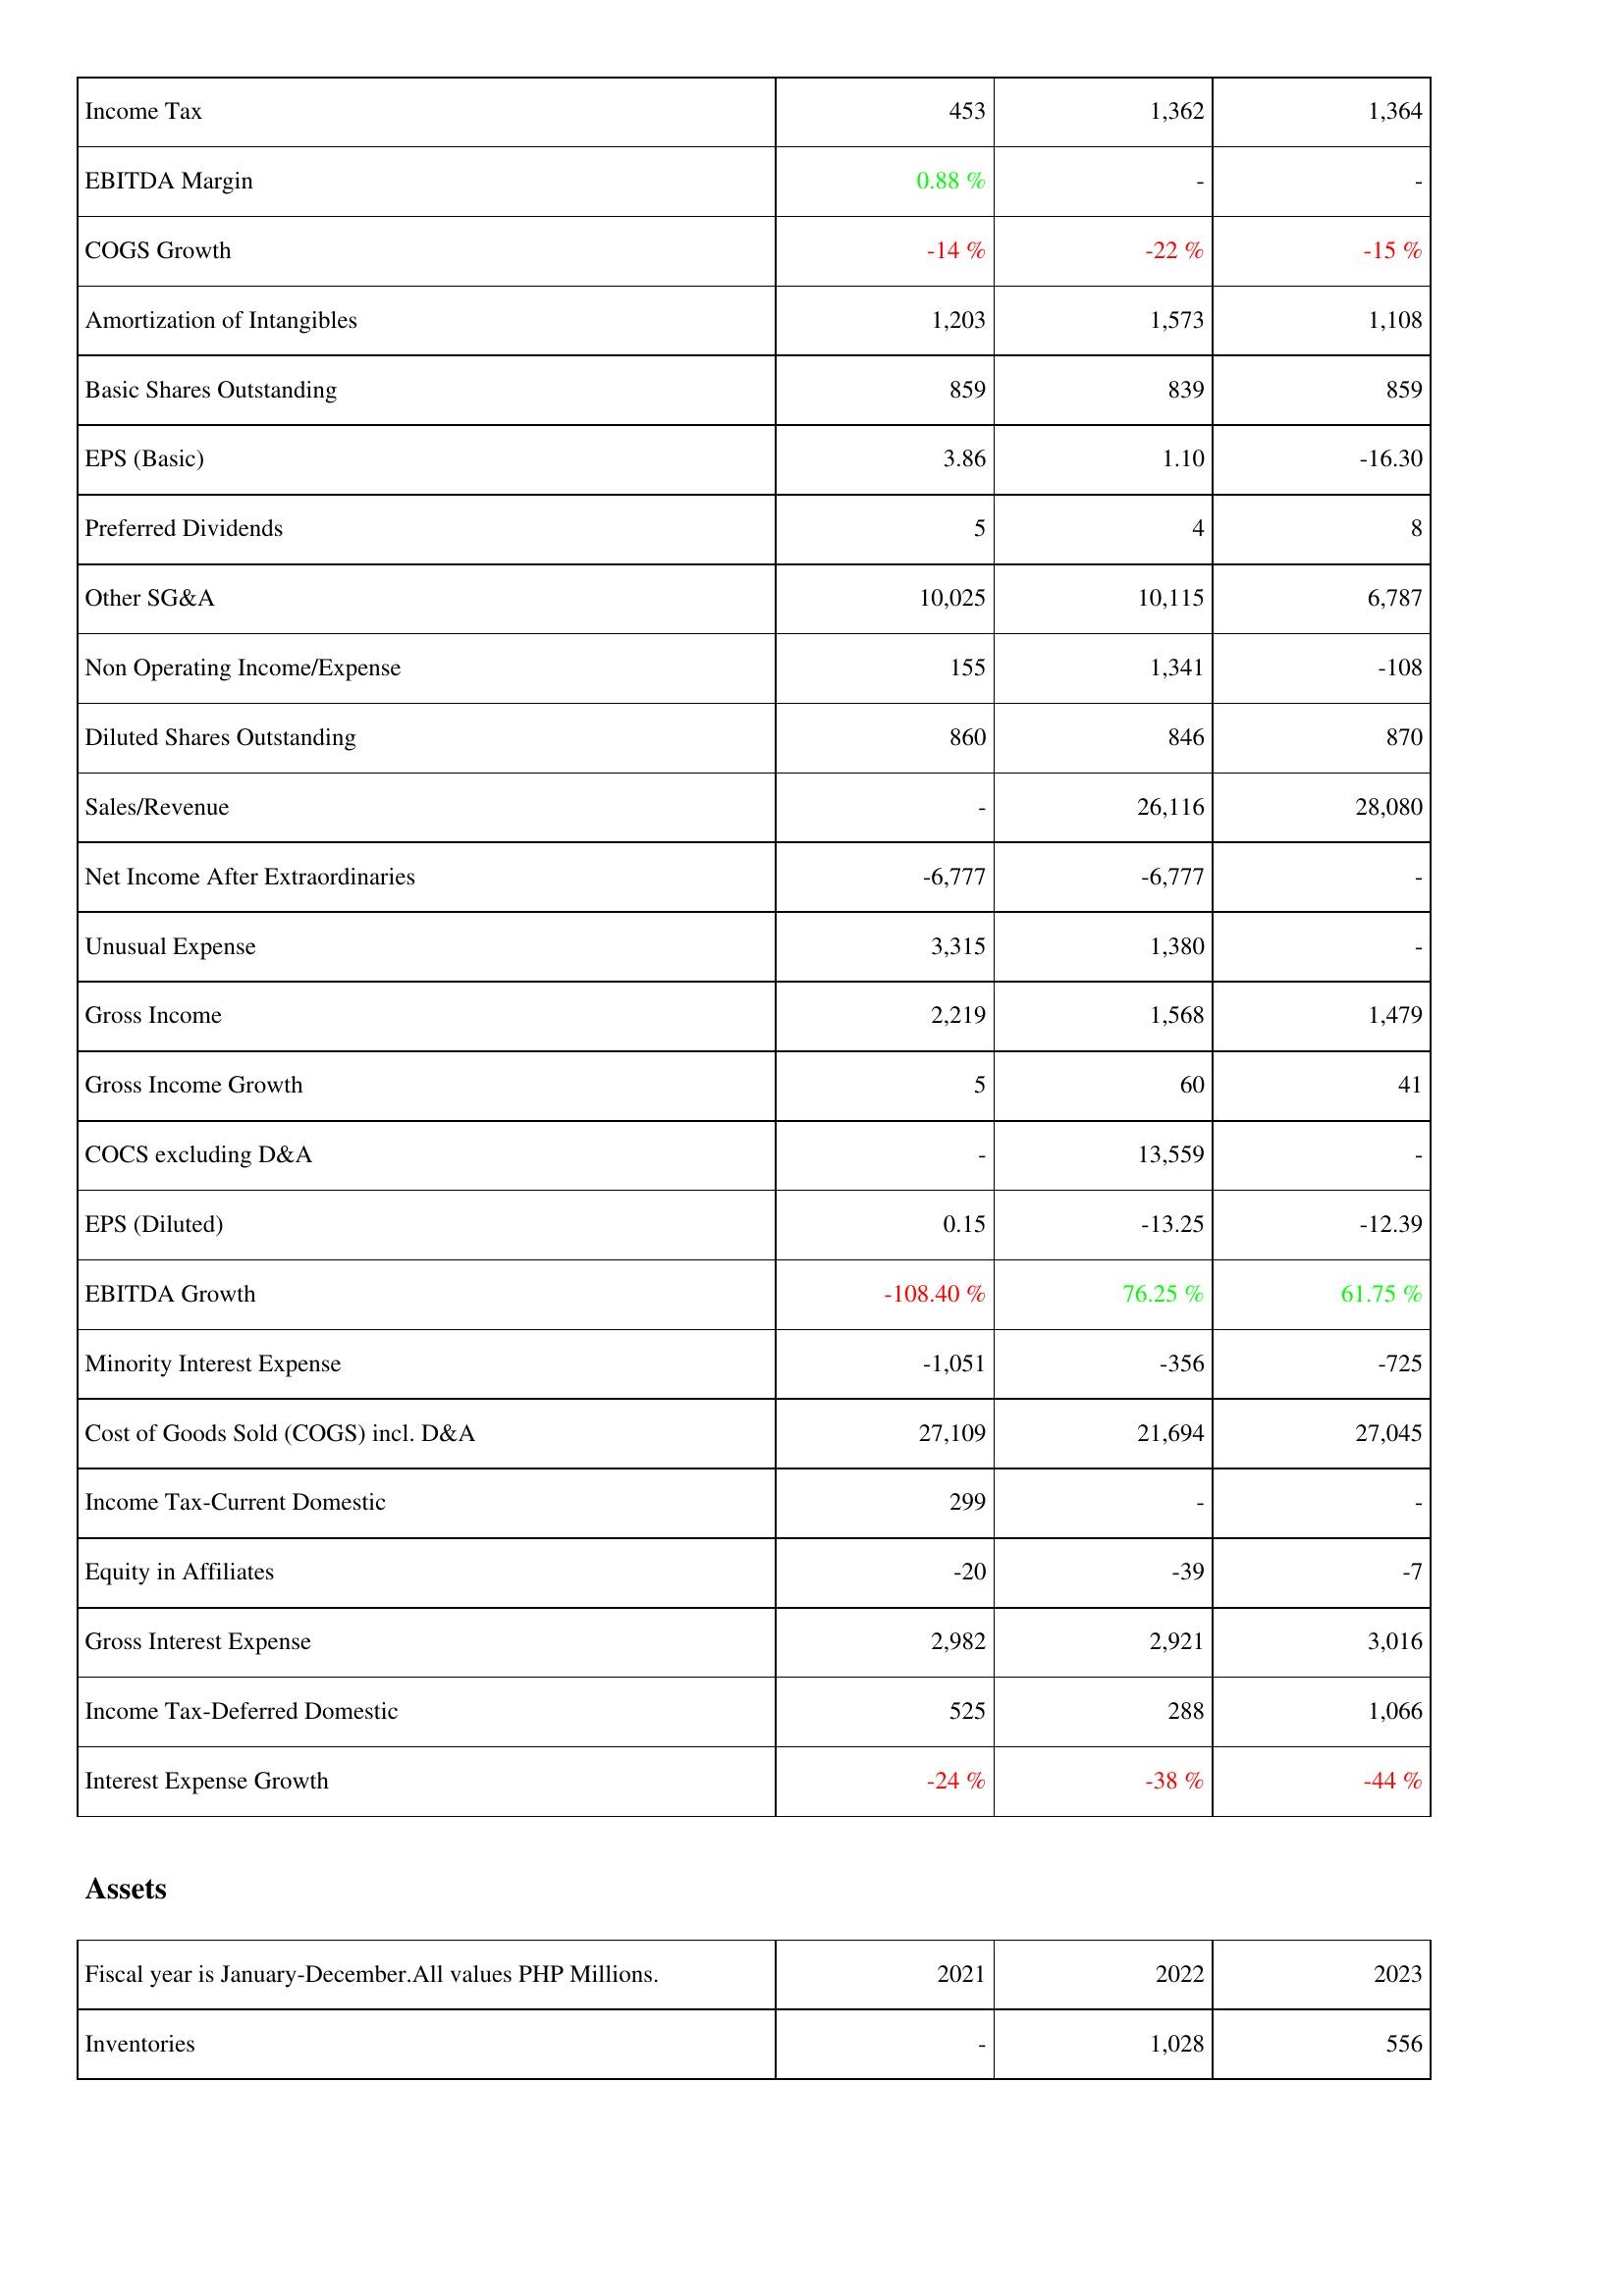
2021: Income Statement: Income Tax: 453
EBITDA Margin: 0.88 %
COGS Growth: -14 %
Amortization of Intangibles: 1,203
Basic Shares Outstanding: 859
EPS (Basic): 3.86
Preferred Dividends: 5
Other SG&A: 10,025
Non Operating Income/Expense: 155
Diluted Shares Outstanding: 860
Sales/Revenue: -
Net Income After Extraordinaries: -6,777
Unusual Expense: 3,315
Gross Income: 2,219
Gross Income Growth: 5
COCS excluding D&A: -
EPS (Diluted): 0.15
EBITDA Growth: -108.40 %
Minority Interest Expense: -1,051
Cost of Goods Sold (COGS) incl. D&A: 27,109
Income Tax-Current Domestic: 299
Equity in Affiliates: -20
Gross Interest Expense: 2,982
Income Tax-Deferred Domestic: 525
Interest Expense Growth: -24 %
Assets: Inventories: -
2022: Income Statement: Income Tax: 1,362
EBITDA Margin: -
COGS Growth: -22 %
Amortization of Intangibles: 1,573
Basic Shares Outstanding: 839
EPS (Basic): 1.10
Preferred Dividends: 4
Other SG&A: 10,115
Non Operating Income/Expense: 1,341
Diluted Shares Outstanding: 846
Sales/Revenue: 26,116
Net Income After Extraordinaries: -6,777
Unusual Expense: 1,380
Gross Income: 1,568
Gross Income Growth: 60
COCS excluding D&A: 13,559
EPS (Diluted): -13.25
EBITDA Growth: 76.25 %
Minority Interest Expense: -356
Cost of Goods Sold (COGS) incl. D&A: 21,694
Income Tax-Current Domestic: -
Equity in Affiliates: -39
Gross Interest Expense: 2,921
Income Tax-Deferred Domestic: 288
Interest Expense Growth: -38 %
Assets: Inventories: 1,028
2023: Income Statement: Income Tax: 1,364
EBITDA Margin: -
COGS Growth: -15 %
Amortization of Intangibles: 1,108
Basic Shares Outstanding: 859
EPS (Basic): -16.30
Preferred Dividends: 8
Other SG&A: 6,787
Non Operating Income/Expense: -108
Diluted Shares Outstanding: 870
Sales/Revenue: 28,080
Net Income After Extraordinaries: -
Unusual Expense: -
Gross Income: 1,479
Gross Income Growth: 41
COCS excluding D&A: -
EPS (Diluted): -12.39
EBITDA Growth: 61.75 %
Minority Interest Expense: -725
Cost of Goods Sold (COGS) incl. D&A: 27,045
Income Tax-Current Domestic: -
Equity in Affiliates: -7
Gross Interest Expense: 3,016
Income Tax-Deferred Domestic: 1,066
Interest Expense Growth: -44 %
Assets: Inventories: 556